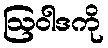
ဩဝါဒကို